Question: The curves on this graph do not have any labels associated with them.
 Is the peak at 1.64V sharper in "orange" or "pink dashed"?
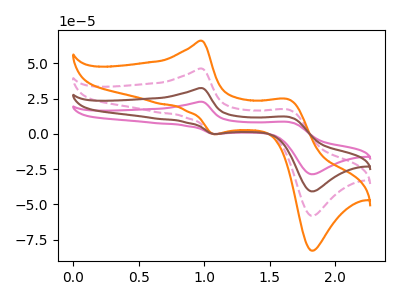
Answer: <think>The pink curve "pink" has anodic peaks at (1.00V, 138.80uA) (1.65V, 51.45uA) and cathodic peaks at (1.05V, -0.50uA) (1.80V, -174.10uA). The pink dashed curve "pink dashed" has anodic peaks at (1.00V, 46.25uA) (1.65V, 17.15uA) and cathodic peaks at (1.05V, -0.15uA) (1.80V, -58.05uA). The orange curve "orange" has anodic peaks at (1.00V, 65.90uA) (1.65V, 24.45uA) and cathodic peaks at (1.05V, -0.25uA) (1.80V, -82.70uA). The brown curve "brown" has anodic peaks at (1.00V, 92.55uA) (1.65V, 34.30uA) and cathodic peaks at (1.05V, -0.35uA) (1.80V, -116.05uA).</think>
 <answer>The peak at 1.64V is higher in "orange" than in "pink dashed".</answer>
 <eval>higher</eval>